Scottish Leaving Certificate Examination, 1959
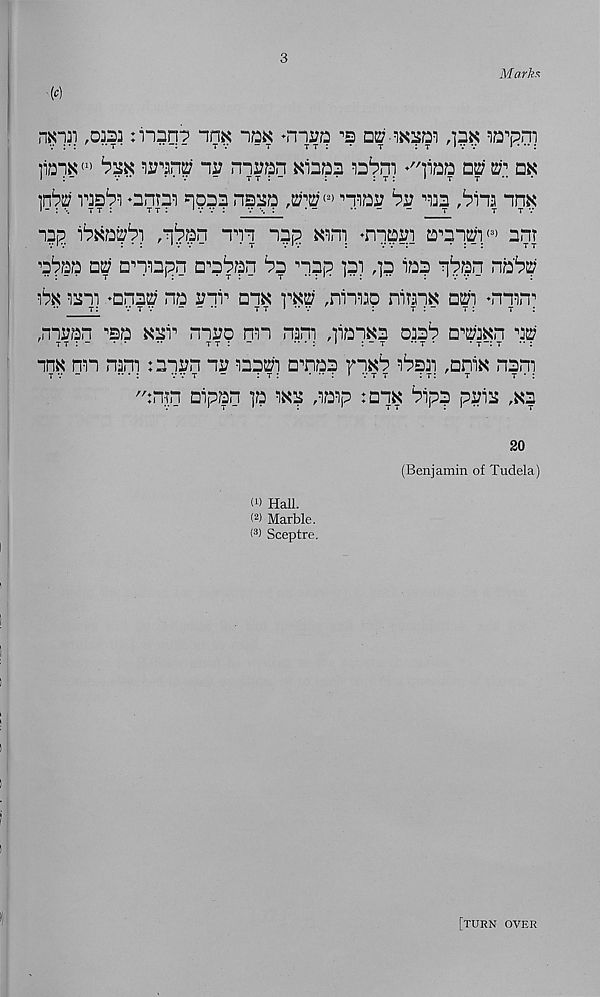
3
M arks
■(c)
niOJi ,0333 nnnq? im
*m T s;p ■’s
iQ^pni
mny nv niupn Kiop? ir^ni ♦"liaia 02; ^ dk
]n^ r3s^ onni qpp? n?^p
'iwv bv ^33 ,bina im
lap
T’H npp wm. *nqcpiri
< :i » nnt
^‘pap 03? onupn □"obpn ^3 npp pi ,p ia?
nabo
lull -Dna^ na viv nix
^nin^o ninx o^'i ♦min"
,mran s sa «3r nvn nn nam ,]ianH3 033^ n™n iv
im nn mm tnivn nr natr'i anas
1^331 ,nn]x nam
tv-
•• * :
v v t
-
: t :
• • : ' v t r
: r:
t
t * :
":mn nipan p
,mp tnix bip? pna ,xn
20
(Benjamin of Tudela)
W HaU.
< 2 ) Marble.
( 3 ) Sceptre.
[turn over